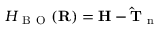
H _ { \mathrm { ~ B ~ O ~ } } ( \bf R ) = H - \hat { T } _ { \mathrm { ~ n ~ } }